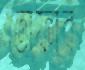
তোফার